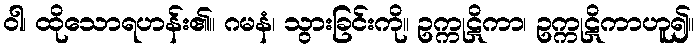
ဝါ၊ ထိုသောရဟန်း၏။ ဂမနံ၊ သွားခြင်းကို။ ဥက္ကုဋိကာ၊ ဥက္ကုဋိကာဟူ၍။